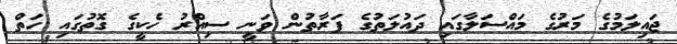
ޖައިލަމުގެ މަރުގެ މައްސަލާގައި ދައުލަތުގެ ފަރާތުން ވަނީ ސިއްރު ހެކީގެ ގޮތުގައި ހަތް